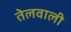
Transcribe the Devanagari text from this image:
तेलवाली